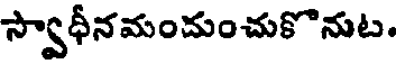
స్వాధీనమందుంచుకొనుట.